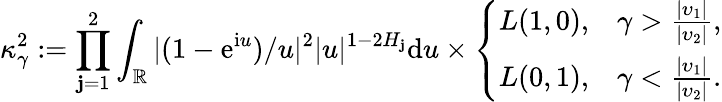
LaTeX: \kappa_{\gamma}^{2}:=\prod_{\mathbf{j}=1}^{2}\int_{\mathbb{{R}}}|(1-\mathrm{e}^{\mathrm{i}u})/u|^{2}|u|^{1-2H_{\mathbf{j}}}\mathrm{d}u\times\left\{ \begin{array}{ll}{L(1,0),}&{\gamma>\frac{|\upsilon_{1}|}{|\upsilon_{2}|},}\\ {L(0,1),}&{\gamma<\frac{|\upsilon_{1}|}{|\upsilon_{2}|}.}\end{array}\right.